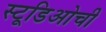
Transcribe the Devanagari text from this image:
स्टूडिओची